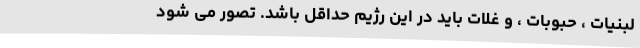
لبنیات ، حبوبات ، و غلات باید در این رژیم حداقل باشد. تصور می شود